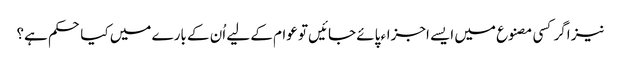
نیز اگر کسی مصنوع میں ایسے اجزاء پائے جائیں تو عوام کے لیے اُن کے بارے میں کیا حکم ہے؟